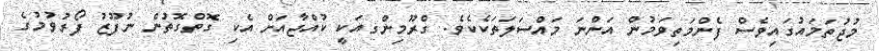
މުޖުތަމައުގައިވެސް ފެންމަތިވަމުން އަންނަ މައްސަލަތަކެކެވެ. ގްރޫމިންގއަކީ ކުއްޖާއަށް އެކި ގޮތްގޮތުން ނުފޫޒު ފޯރުވުމުގެ